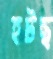
হটছ